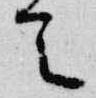
令